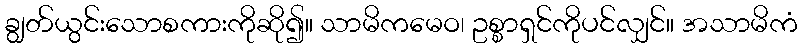
ချွတ်ယွင်းသောစကားကိုဆို၍။ သာမိကမေဝ၊ ဥစ္စာရှင်ကိုပင်လျှင်။ အသာမိကံ